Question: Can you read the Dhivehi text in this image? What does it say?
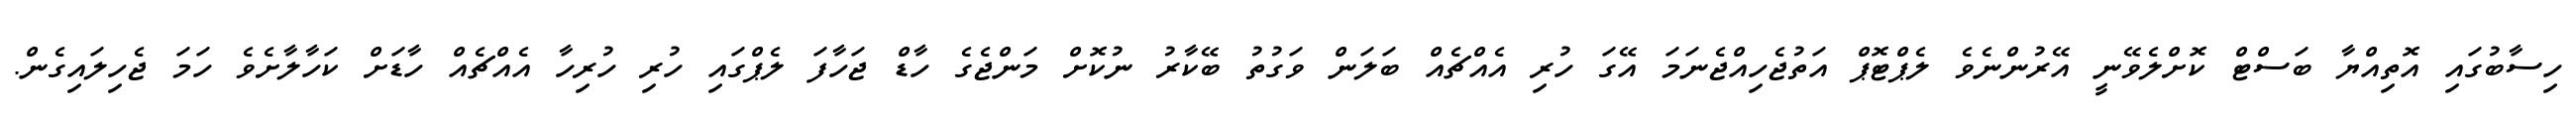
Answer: ހިސާބުގައި އޮތިއްޔާ ބަސްޓް ކޮށްލެވޭނީ އޭރުންނެވެ ލެޕްޓޮޕް އަތުޖެހިއްޖެނަމަ އޭގަ ހުރި އެއްޗެއް ބަލަން ވަގުތު ބޭކާރު ނުކޮށް މަންޖެގެ ހާޑް ޖަހާފަ ލެޕްގައި ހުރި ހުރިހާ އެއްޗެއް ހާޑަށް ކަހާލާށެވެ ހަމަ ޖެހިލައިގެން.